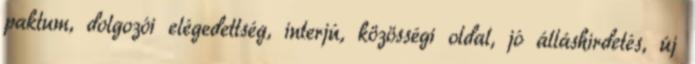
paktum, dolgozói elégedettség, interjú, közösségi oldal, jó álláshirdetés, új